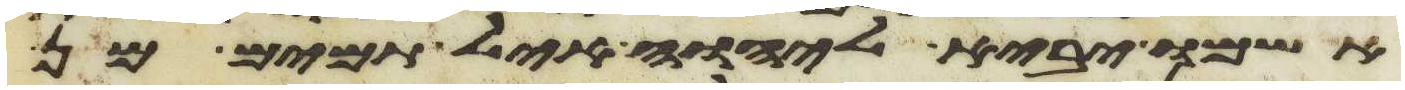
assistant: אשמו יביא ליהוה איל תמים מן